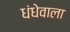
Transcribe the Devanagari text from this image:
धंधेवाला